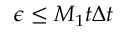
\epsilon \leq M _ { 1 } t \Delta t